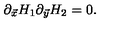
\partial _ { \vec { x } } H _ { 1 } \partial _ { \vec { y } } H _ { 2 } = 0 .